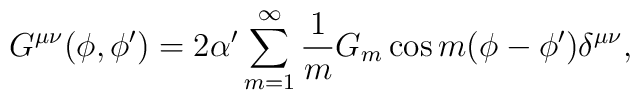
G^{\mu\nu} (\phi, \phi') = 2\alpha' \sum_{m=1}^\infty \frac{1}{m}G_m \cos m (\phi - \phi') \delta^{\mu\nu},